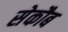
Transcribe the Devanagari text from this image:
सेकौब